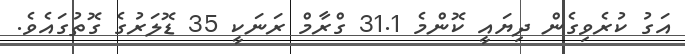
އަގު ކުރެވިގެން ދިޔައީ ކޮންމެ 31.1 ގްރާމް ރަނަކީ 35 ޑޮލަރުގެ ގޮތުގައެވެ.